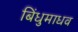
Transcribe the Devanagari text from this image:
बिंधुमाधव